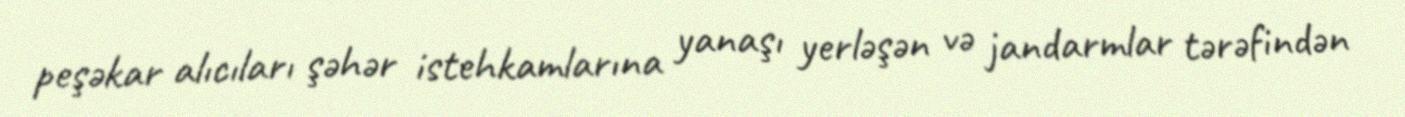
peşəkar alıcıları şəhər istehkamlarına yanaşı yerləşən və jandarmlar tərəfindən